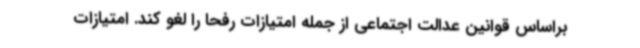
براساس قوانین عدالت اجتماعی از جمله امتیازات رفحا را لغو کند. امتیازات